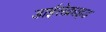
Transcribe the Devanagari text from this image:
डाईसेक्राइड